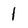
Character: 1